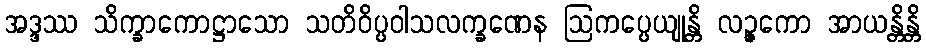
အဒ္ဒဿ သိက္ခာကောဋ္ဌာသော သတိဝိပ္ပဝါသလက္ခဏေန ဩကပ္ပေယျုန္တိ လဉ္ဇကော အာယန္တိန္တိ